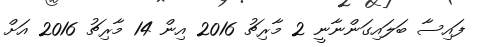
ފައިސާ ބަލައިގަންނާނީ 2 މާރިޗު 2016 އިން 14 މާރިޗު 2016 އަށް